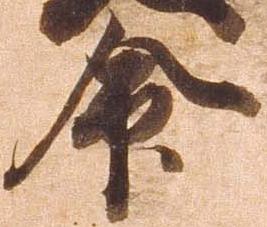
命